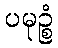
ပမုဉ္စံ